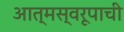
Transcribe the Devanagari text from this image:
आत्मस्वरूपाची